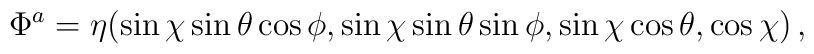
\Phi^a = \eta (\sin\chi \sin\theta \cos\phi,\sin\chi \sin\theta \sin\phi,\sin\chi \cos\theta, \cos\chi)\,,